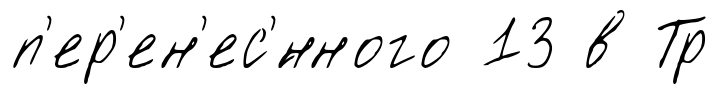
п'ер'ен'ес'́нного 13 в Тр